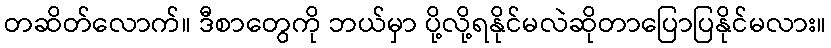
တဆိတ်လောက်။ ဒီစာတွေကို ဘယ်မှာ ပို့လို့ရနိုင်မလဲဆိုတာပြောပြနိုင်မလား။